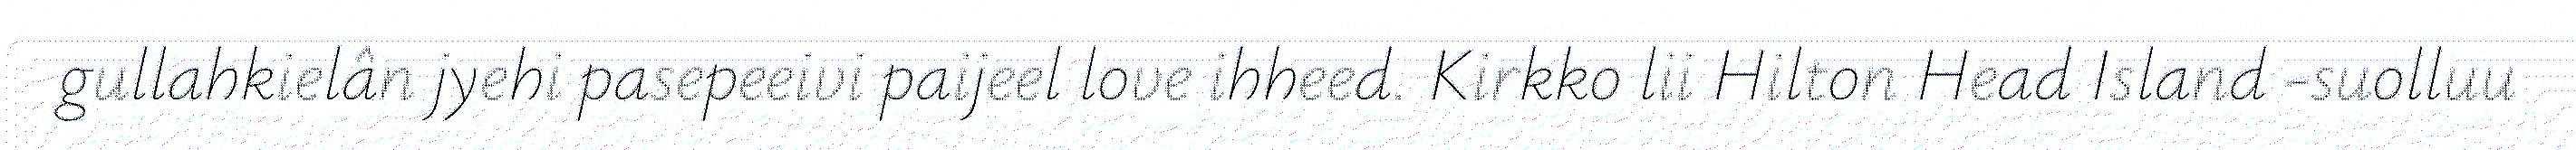
gullahkielân jyehi pasepeeivi paijeel love ihheed. Kirkko lii Hilton Head Island -suolluu